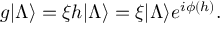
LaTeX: g | \Lambda \rangle = \xi h | \Lambda \rangle = \xi | \Lambda \rangle e ^ { i \phi ( h ) } .